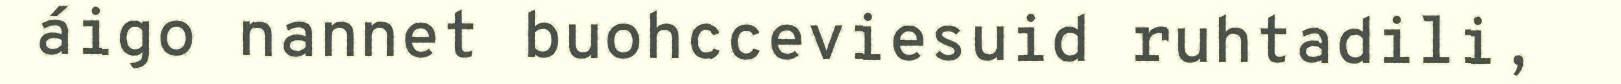
áigo nannet buohcceviesuid ruhtadili,